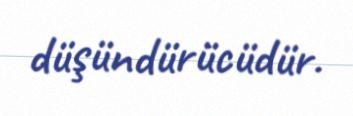
düşündürücüdür.